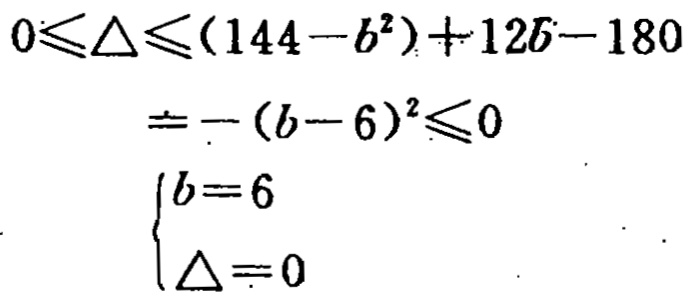
\[

\begin{align*}

0\leqslant\Delta&\leqslant(144 - b^{2})+ 12b - 180\\

&=-(b - 6)^{2}\leqslant0\\

\begin{cases}

b = 6\\

\Delta=0

\end{cases}

\end{align*}

\]